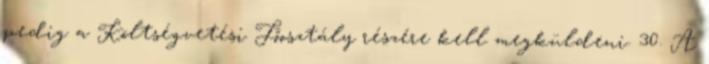
pedig a Költségvetési Főosztály részére kell megküldeni. 30. A